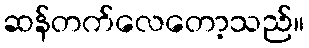
ဆန်တက်လေတော့သည်။